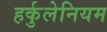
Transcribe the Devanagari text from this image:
हर्कुलेनियम